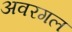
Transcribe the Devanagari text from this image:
अवरगल